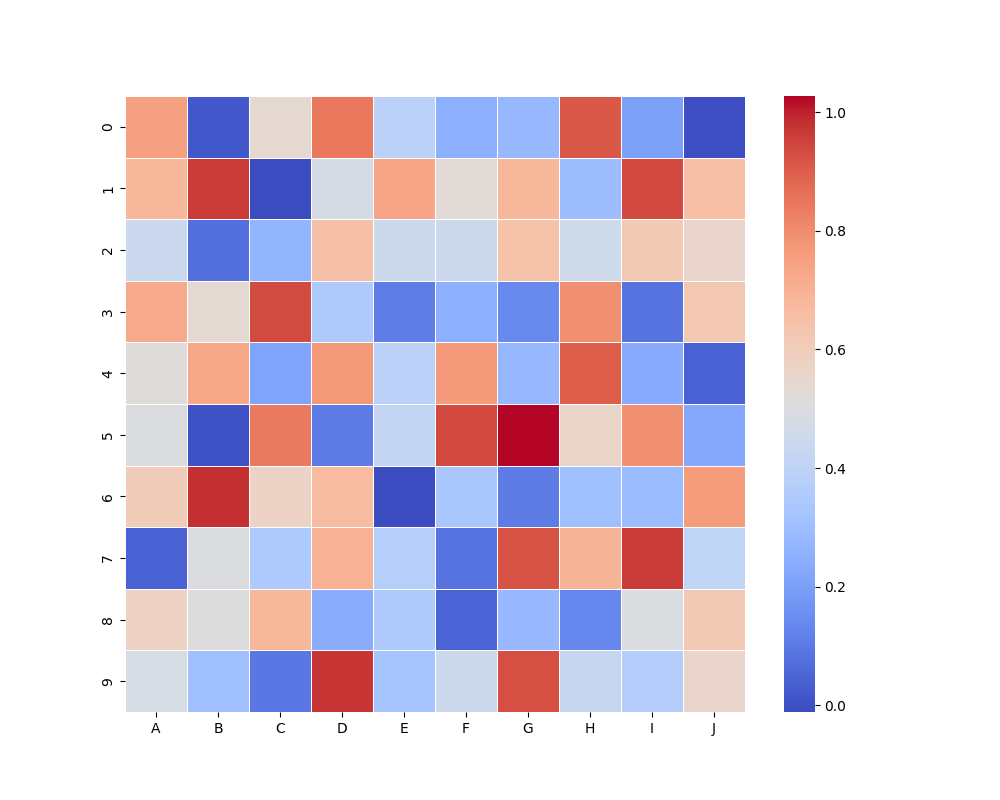
python, seaborn, heatmap, cmap='coolwarm', linewidths=0.5, center=none